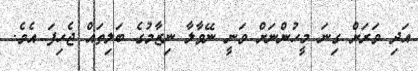
އަދި ވަރަށް ގިނަ މީހުންނަށް ވަނީ ނޭވާލާ ނިޒާމުގެ ބަލިތައް ޖެހިފަ އެވެ.